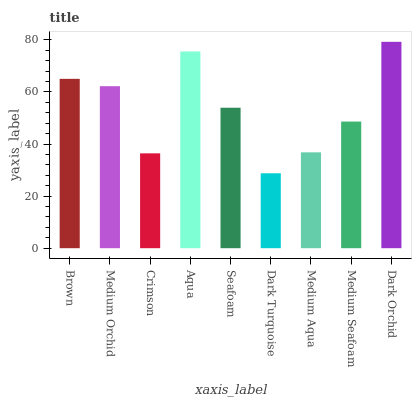
| xaxis_label | bars |
 | --- | --- |
 | Brown | 65 |
 | Medium Orchid | 62.2 |
 | Crimson | 36.4 |
 | Aqua | 75.5 |
 | Seafoam | 53.9 |
 | Dark Turquoise | 28.8 |
 | Medium Aqua | 36.8 |
 | Medium Seafoam | 48.6 |
 | Dark Orchid | 79.3 |